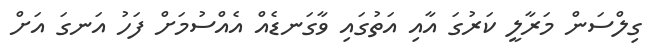
ގިލްސަން މަރާލީ ކަރުގަ އާއި އަތުގައި ވާގަނޑެއް އެއްސުމަށް ފަހު އަނގަ އަށް